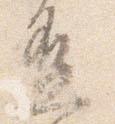
盃